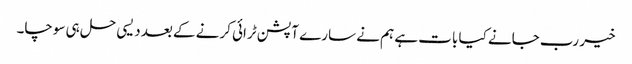
خیر رب جانے کیا بات ہے ہم نے سارے آپشن ٹرائی کرنے کے بعد دیسی حل ہی سوچا۔